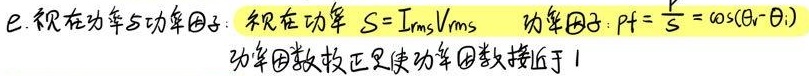
e.视在功率与功率因子：视在功率 \(S = I_{\mathrm{rms}}V_{\mathrm{rms}}\)  功率因子：\(pf=\frac{P}{S}=\cos(\theta_v - \theta_i)\)
功率因数校正是使功率因数接近于1